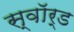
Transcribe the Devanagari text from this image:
स्वाॅर्ड